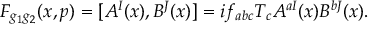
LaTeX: F _ { g _ { 1 } g _ { 2 } } ( x , p ) = [ A ^ { I } ( x ) , B ^ { J } ( x ) ] = i f _ { a b c } T _ { c } A ^ { a I } ( x ) B ^ { b J } ( x ) .